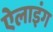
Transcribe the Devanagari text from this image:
ऐलाइंग